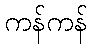
ကန်ကန်